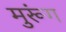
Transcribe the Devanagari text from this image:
मुरूंग